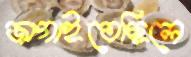
জাগাইতেছিলে